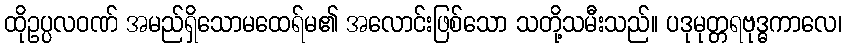
ထိုဥပ္ပလဝဏ် အမည်ရှိသောမထေရ်မ၏ အလောင်းဖြစ်သော သတို့သမီးသည်။ ပဒုမုတ္တရဗုဒ္ဓကာလေ၊